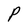
Character: P